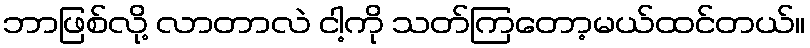
ဘာဖြစ်လို့ လာတာလဲ ငါ့ကို သတ်ကြတော့မယ်ထင်တယ်။